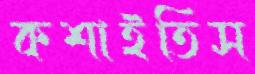
কশাইতিস